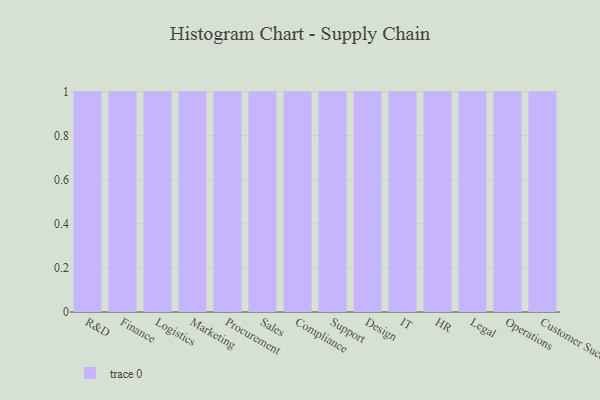
{"axis": {"x": "Department", "y": "Population (Million)"}, "legend": [""], "data": [{"x": "R&D", "y": 52, "type": ""}, {"x": "Finance", "y": 23, "type": ""}, {"x": "Logistics", "y": 20, "type": ""}, {"x": "Marketing", "y": 93, "type": ""}, {"x": "Procurement", "y": 71, "type": ""}, {"x": "Sales", "y": 42, "type": ""}, {"x": "Compliance", "y": 93, "type": ""}, {"x": "Support", "y": 46, "type": ""}, {"x": "Design", "y": 94, "type": ""}, {"x": "IT", "y": 25, "type": ""}, {"x": "HR", "y": 23, "type": ""}, {"x": "Legal", "y": 21, "type": ""}, {"x": "Operations", "y": 39, "type": ""}, {"x": "Customer Success", "y": 80, "type": ""}]}